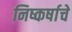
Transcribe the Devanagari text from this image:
निष्कर्षाचे